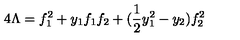
4 \Lambda = f _ { 1 } ^ { 2 } + y _ { 1 } f _ { 1 } f _ { 2 } + ( \frac { 1 } { 2 } y _ { 1 } ^ { 2 } - y _ { 2 } ) f _ { 2 } ^ { 2 }